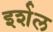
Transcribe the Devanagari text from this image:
इर्शल